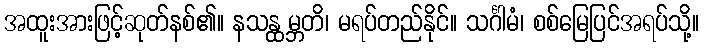
အထူးအားဖြင့်ဆုတ်နစ်၏။ နသန္ထမ္ဘတိ၊ မရပ်တည်နိုင်။ သင်္ဂါမံ၊ စစ်မြေပြင်အရပ်သို့။